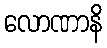
လောဏာနိ